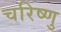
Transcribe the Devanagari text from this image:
चरिष्णु